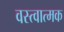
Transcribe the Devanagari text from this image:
वस्त्वात्मक